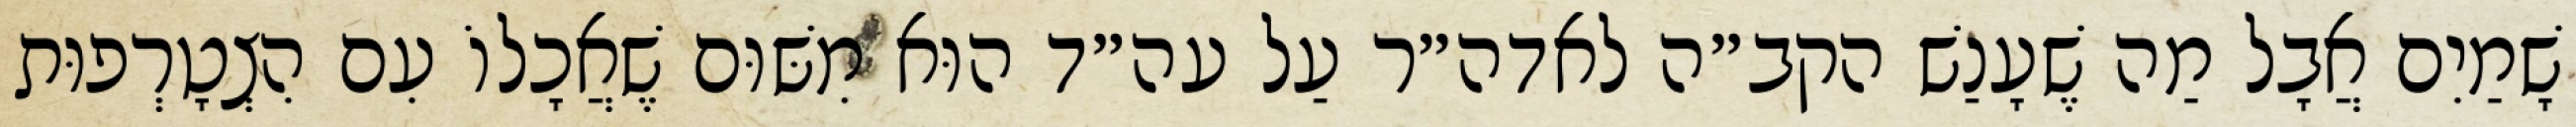
שָׁמַיִם אֲבָל מַה שֶׁעָנַשׁ הקב״ה לאדה״ר עַל עה״ד הוּא מִשּׁוּם שֶׁאֲכָלוֹ עִם הִצְטָרְפוּת